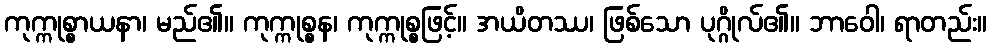
ကုက္ကုစ္စာယနာ၊ မည်၏။ ကုက္ကုစ္စန၊ ကုက္ကုစ္စဖြင့်။ အယိတဿ၊ ဖြစ်သော ပုဂ္ဂိုလ်၏။ ဘာဝေါ၊ ရာတည်း။